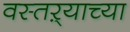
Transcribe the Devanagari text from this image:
वस्तऱ्याच्या